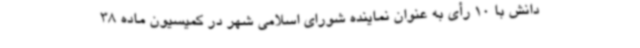
دانش با 10 رأی به عنوان نماینده شورای اسلامی شهر در کمیسیون ماده 38